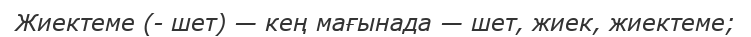
Жиектеме (- шет) — кең мағынада — шет, жиек, жиектеме;